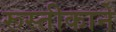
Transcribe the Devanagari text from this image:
रूस्तीकाने